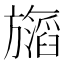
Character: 𬀝